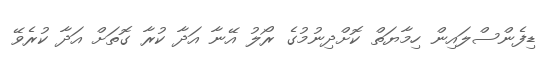
ޑިފެންސްލައިން ހިމާޔަތް ކޮށްދިނުމުގެ ރޯލު އޭނާ އަދާ ކުރާ ގޮތަށް އަދާ ކުރެވޭ